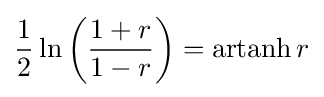
{\frac {1}{2}}\ln \left({\frac {1+r}{1-r}}\right)=\operatorname {artanh} r